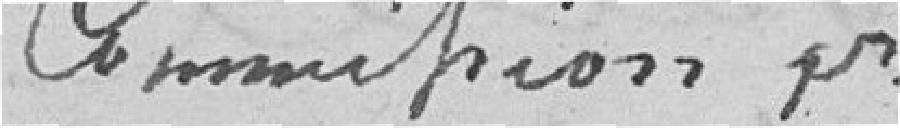
Champion pr.